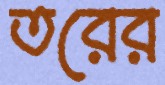
তরের